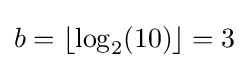
b=\lfloor \log _{2}(10)\rfloor =3